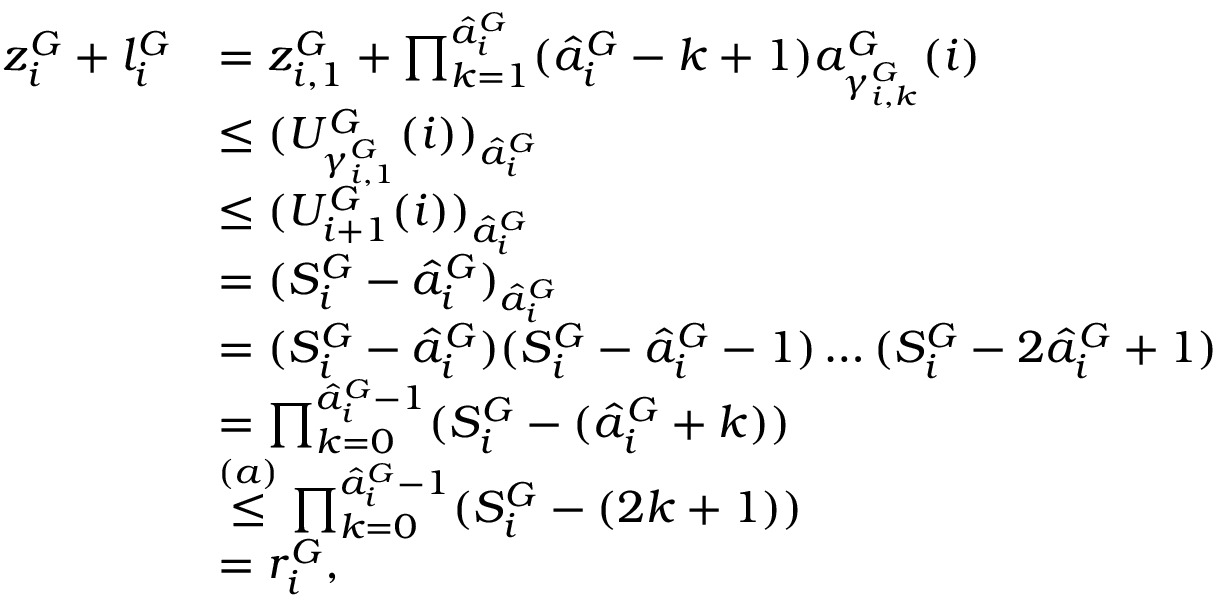
\begin{array} { r l } { z _ { i } ^ { G } + l _ { i } ^ { G } } & { = z _ { i , 1 } ^ { G } + \prod _ { k = 1 } ^ { \hat { a } _ { i } ^ { G } } ( \hat { a } _ { i } ^ { G } - k + 1 ) a _ { \gamma _ { i , k } ^ { G } } ^ { G } ( i ) } \\ & { \leq ( U _ { \gamma _ { i , 1 } ^ { G } } ^ { G } ( i ) ) _ { \hat { a } _ { i } ^ { G } } } \\ & { \leq ( U _ { i + 1 } ^ { G } ( i ) ) _ { \hat { a } _ { i } ^ { G } } } \\ & { = ( S _ { i } ^ { G } - \hat { a } _ { i } ^ { G } ) _ { \hat { a } _ { i } ^ { G } } } \\ & { = ( S _ { i } ^ { G } - \hat { a } _ { i } ^ { G } ) ( S _ { i } ^ { G } - \hat { a } _ { i } ^ { G } - 1 ) \dots ( S _ { i } ^ { G } - 2 \hat { a } _ { i } ^ { G } + 1 ) } \\ & { = \prod _ { k = 0 } ^ { \hat { a } _ { i } ^ { G } - 1 } ( S _ { i } ^ { G } - ( \hat { a } _ { i } ^ { G } + k ) ) } \\ & { \stackrel { ( a ) } { \leq } \prod _ { k = 0 } ^ { \hat { a } _ { i } ^ { G } - 1 } ( S _ { i } ^ { G } - ( 2 k + 1 ) ) } \\ & { = r _ { i } ^ { G } , } \end{array}